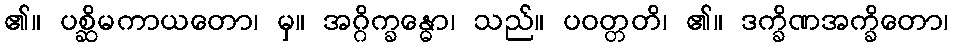
၏။ ပစ္ဆိမကာယတော၊ မှ။ အဂ္ဂိက္ခန္ဓော၊ သည်။ ပဝတ္တတိ၊ ၏။ ဒက္ခိဏအက္ခိတော၊